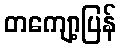
တကျော့ပြန်